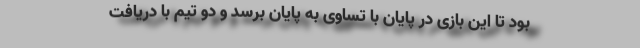
بود تا این بازی در پایان با تساوی به پایان برسد و دو تیم با دریافت